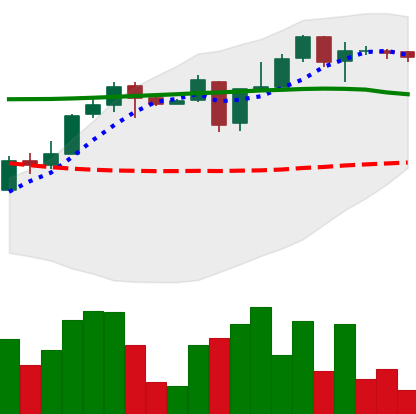
Ticker: XLM-USD
Chart end date: 2018-05-04
Forward return: -12.332%
Label: down_7plus